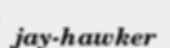
jay-hawker